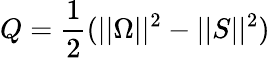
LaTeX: Q=\frac{1}{2}(||\Omega||^{2}-||S||^{2})